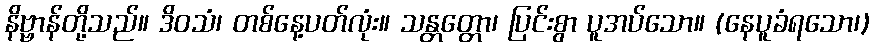
နိဗ္ဗာန်တို့သည်။ ဒိဝသံ၊ တစ်နေ့ပတ်လုံး။ သန္တတ္တော၊ ပြင်းစွာ ပူအပ်သော။ (နေပူခံရသော၊)